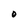
Character: 0